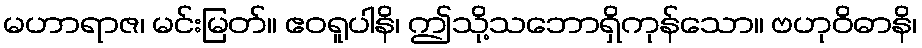
မဟာရာဇ၊ မင်းမြတ်။ ဧဝရူပါနိ၊ ဤသို့သဘောရှိကုန်သော။ ဗဟုဝိဓာနိ၊